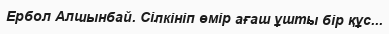
Ербол Алшынбай. Сілкініп өмір ағаш ұшты бір құс...